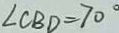
\angle C B D = 7 0 ^ { \circ }